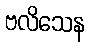
ဗလိသေန